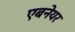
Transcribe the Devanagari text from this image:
एबनेयर